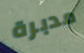
مدبرة